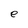
Character: e